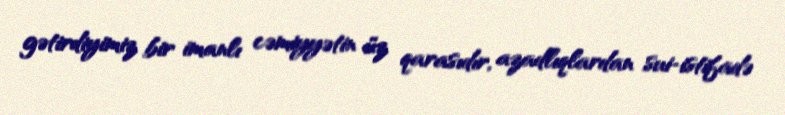
gətirdiyimiz bir imanlı cəmiyyətin üz qarasıdır, azadlıqlardan sui-istifadə